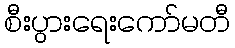
စီးပွားရေးကော်မတီ